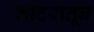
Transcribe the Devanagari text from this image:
कोटरातून